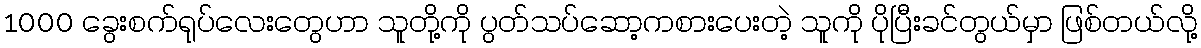
1000 ခွေးစက်ရုပ်လေးတွေဟာ သူတို့ကို ပွတ်သပ်ဆော့ကစားပေးတဲ့ သူကို ပိုပြီးခင်တွယ်မှာ ဖြစ်တယ်လို့